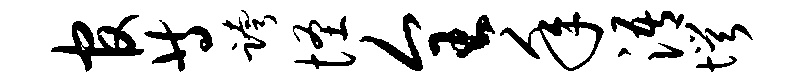
官等跨怪全年浯愕